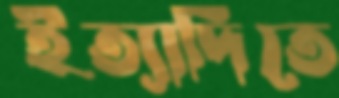
ইত্যাদিতে